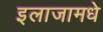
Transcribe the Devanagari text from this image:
इलाजामधे